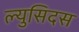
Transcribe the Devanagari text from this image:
ल्युसिदस